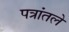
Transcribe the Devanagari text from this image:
पत्रांतले